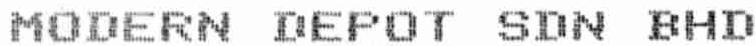
MODERN DEPOT SDN BHD